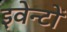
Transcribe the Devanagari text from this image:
इवेन्टों